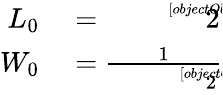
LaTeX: \begin{array}{rl}{L_{0}}&{{}={\sqrt[[objectObject]]{2}}}\\ {W_{0}}&{{}={\frac{1}{\sqrt[[objectObject]]{2}}}}\end{array}